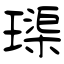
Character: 璖